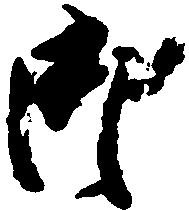
御